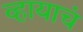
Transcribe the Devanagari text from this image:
व्हायाचं